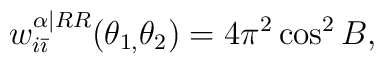
w_{i\bar{\imath}}^{\alpha |RR}(\theta _{1,}\theta _{2})=4\pi ^{2}\cos ^{2}B,